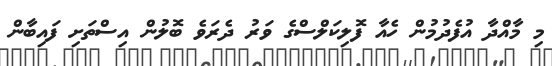
މި މާއްދާ އުފެދުމުން ހެއާ ފޮލިކަލްސްގެ ވަރު ދެރަވެ ބޮލުން އިސްތަށި ފައިބާން